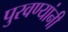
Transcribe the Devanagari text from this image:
पुरवण्यांनी